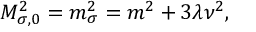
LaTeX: M _ { \sigma , 0 } ^ { 2 } = m _ { \sigma } ^ { 2 } = m ^ { 2 } + 3 \lambda \nu ^ { 2 } ,